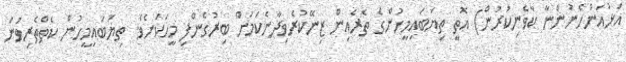
އަޅުއަންހެނުންނާ ކާވެނިކުރުން) އޮތީ ތިޔަބައިމީހުންގެ ތެރެއިން ޒިނޭކުރެވިދާނެކަމަށް ބިރުގެންފި މީހަކަށެވެ. ތިޔަބައިމީހުން ކެތްތެރިވުން